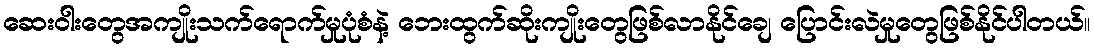
ဆေးဝါးတွေအကျိုးသက်ရောက်မှုပုံစံနဲ့ ဘေးထွက်ဆိုးကျိုးတွေဖြစ်လာနိုင်ချေ ပြောင်းလဲမှုတွေဖြစ်နိုင်ပါတယ်။